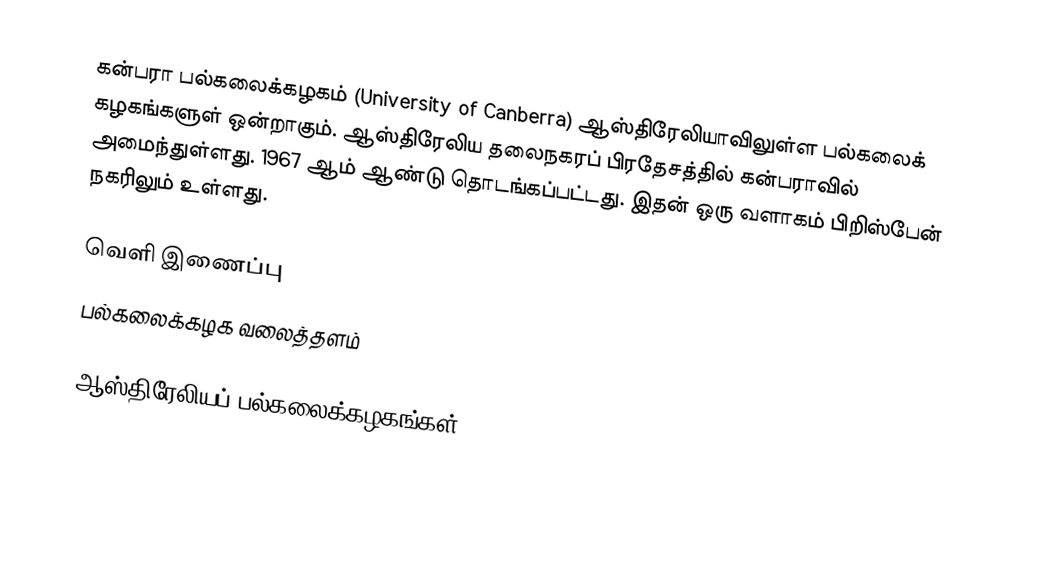
கன்பரா பல்கலைக்கழகம் (University of Canberra) ஆஸ்திரேலியாவிலுள்ள பல்கலைக் கழகங்களுள் ஒன்றாகும். ஆஸ்திரேலிய தலைநகரப் பிரதேசத்தில்  கன்பராவில் அமைந்துள்ளது. 1967 ஆம் ஆண்டு தொடங்கப்பட்டது. இதன் ஒரு வளாகம் பிறிஸ்பேன் நகரிலும் உள்ளது.

வெளி இணைப்பு
 பல்கலைக்கழக வலைத்தளம்

ஆஸ்திரேலியப் பல்கலைக்கழகங்கள்